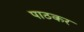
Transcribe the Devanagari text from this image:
पाठकर